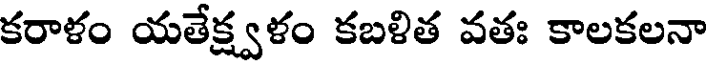
కరాళం యతేక్ష్వళం కబళిత వతః కాలకలనా